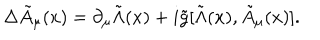
\Delta { \tilde { A } } _ { \mu } ( x ) = \partial _ { \mu } { \tilde { \Lambda } } ( x ) + i { \tilde { g } } [ { \tilde { \Lambda } } ( x ) , { \tilde { A } } _ { \mu } ( x ) ] .